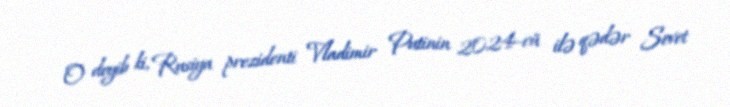
O deyib ki, Rusiya prezidenti Vladimir Putinin 2024-cü ilə qədər Sovet